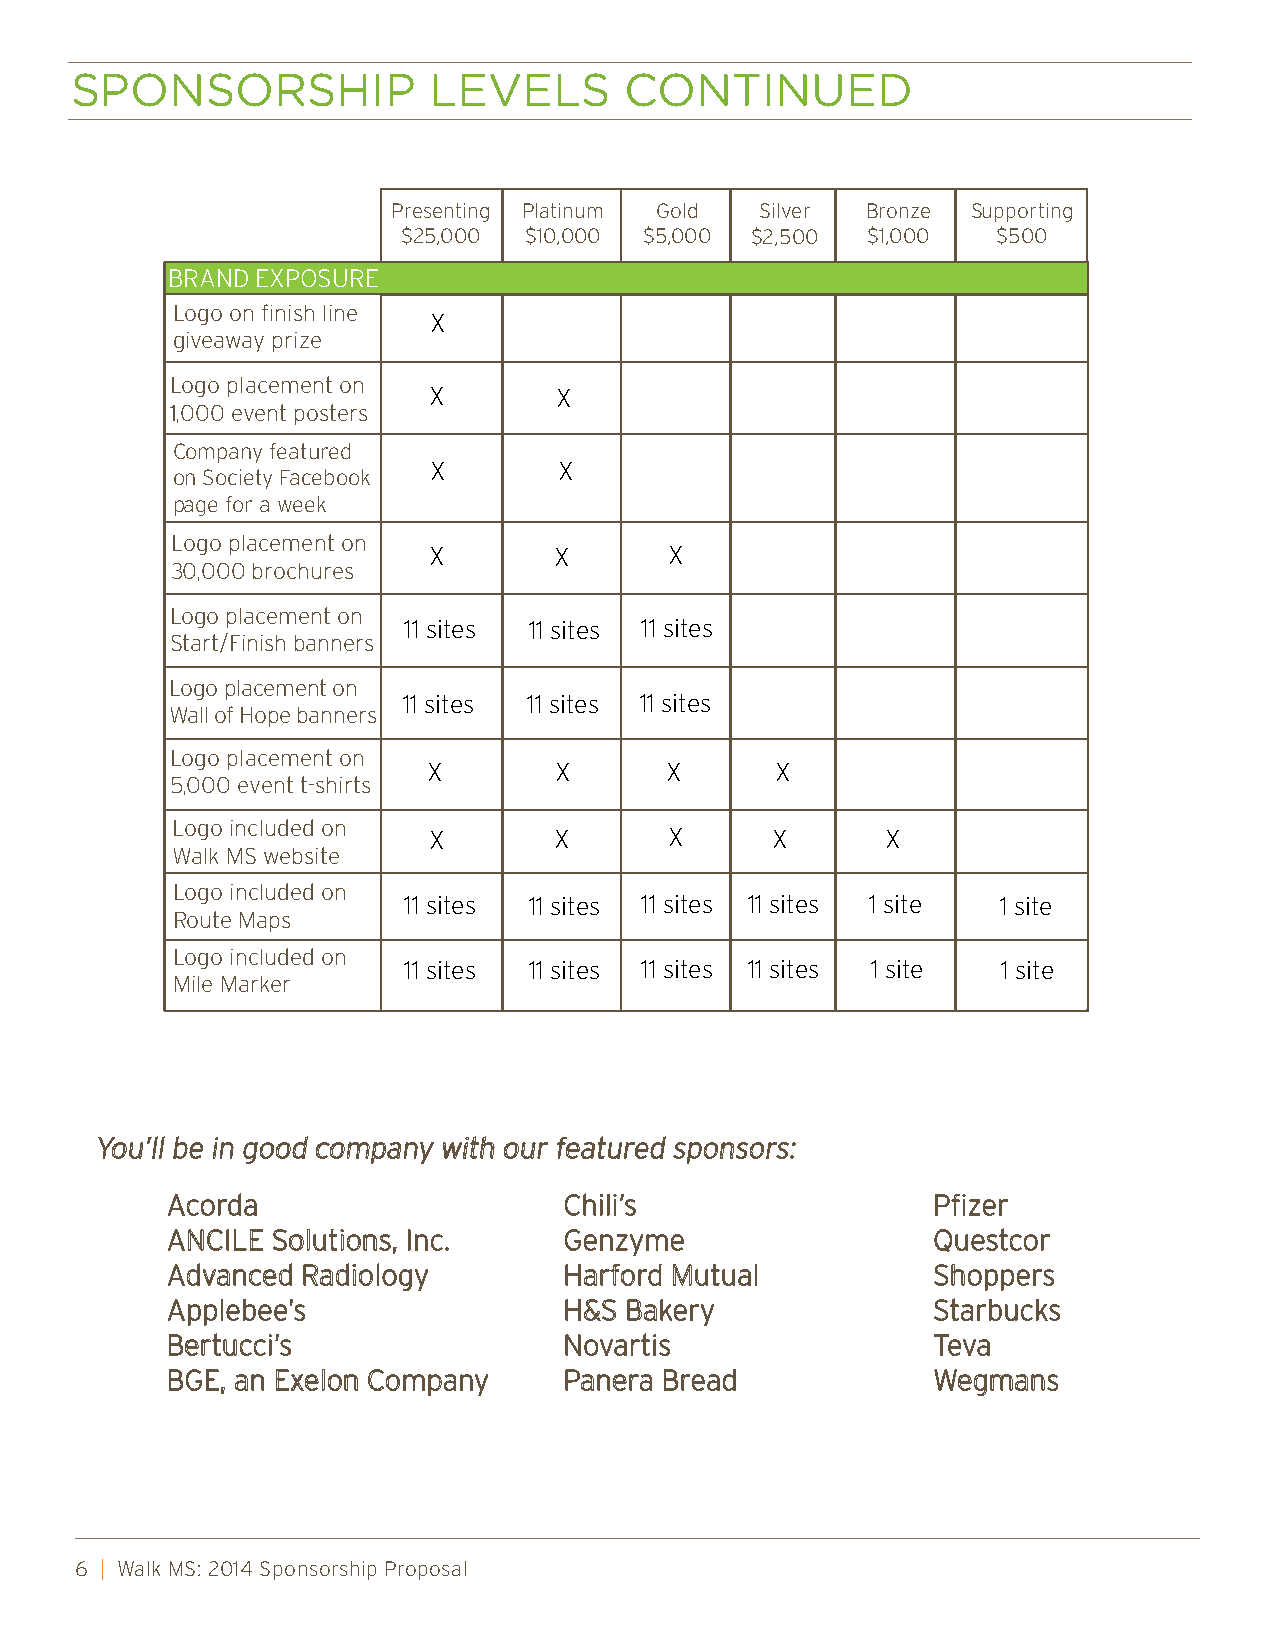
sponsorshIp            leVels       ContInued
 Presenting Platinum Gold Silver Bronze Supporting
 $25,000 $10,000 $5,000 $2,500 $1,000   $500
 BRAND EXPOSURE
 Logo on finish line
 X
 giveaway prize
 Logo placement on
 X        X
 1,000 event posters
 Company featured
 X       X
 on Society Facebook
 page for a week
 Logo placement on
 X        X      X
 30,000 brochures
 Logo placement on
 11 sites 11 sites 11 sites
 Start/Finish banners
 Logo placement on
 11 sites 11 sites 11 sites
 Wall of Hope banners
 Logo placement on
 X        X      X      X
 5,000 event t-shirts
 Logo included on
 X        X      X      X       X
 Walk MS website
 Logo included on
 11 sites 11 sites 11 sites 11 sites 1 site 1 site
 Route Maps
 Logo included on
 11 sites 11 sites 11 sites 11 sites 1 site 1 site
 Mile Marker
 You’ll be in good company with our featured sponsors:
 Acorda                    Chili’s                  Pfizer
 ANCILE Solutions, Inc.    Genzyme                  Questcor
 Advanced Radiology        Harford Mutual           Shoppers
 Applebee’s                H&S Bakery               Starbucks
 Bertucci’s                Novartis                 Teva
 BGE, an Exelon Company    Panera Bread             Wegmans
 6 | Walk MS: 2014 Sponsorship Proposal